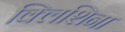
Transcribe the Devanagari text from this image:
क्लिशिना